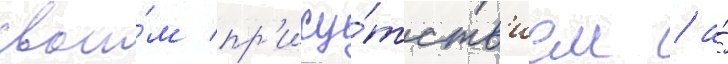
свои́м пр'ису́тств'ием / а́